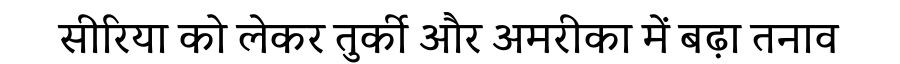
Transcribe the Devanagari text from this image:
सीरिया को लेकर तुर्की और अमरीका में बढ़ा तनाव